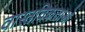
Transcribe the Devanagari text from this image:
वास्तविकताओ